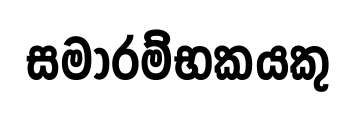
සමාරම්භකයකු